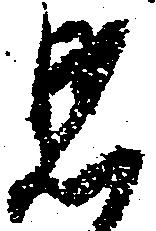
見